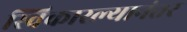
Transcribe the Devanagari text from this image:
स्विकारल्यानंतर